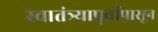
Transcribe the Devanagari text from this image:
स्वातंत्र्यापूर्वीपासून